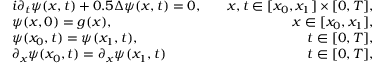
\begin{array} { r l r } & { i \partial _ { t } \psi ( x , t ) + 0 . 5 \Delta \psi ( x , t ) = 0 , } & { \quad x , t \in [ x _ { 0 } , x _ { 1 } ] \times [ 0 , T ] , } \\ & { \psi ( x , 0 ) = g ( x ) , } & { \quad x \in [ x _ { 0 } , x _ { 1 } ] , } \\ & { \psi ( x _ { 0 } , t ) = \psi ( x _ { 1 } , t ) , } & { \quad t \in [ 0 , T ] , } \\ & { \partial _ { x } \psi ( x _ { 0 } , t ) = \partial _ { x } \psi ( x _ { 1 } , t ) } & { \quad t \in [ 0 , T ] , } \end{array}